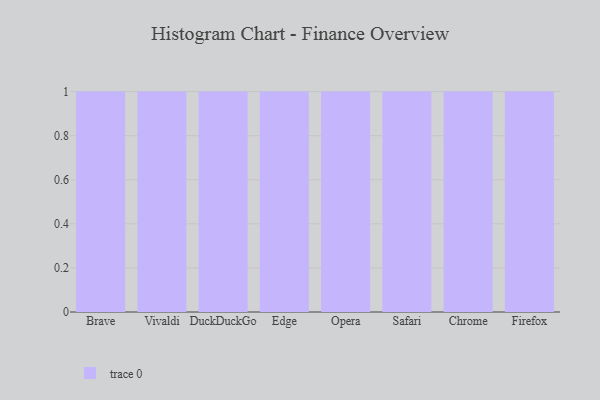
{"axis": {"x": "Browser", "y": "Satisfaction Score"}, "legend": [""], "data": [{"x": "Brave", "y": 24, "type": ""}, {"x": "Vivaldi", "y": 11, "type": ""}, {"x": "DuckDuckGo", "y": 17, "type": ""}, {"x": "Edge", "y": 58, "type": ""}, {"x": "Opera", "y": 35, "type": ""}, {"x": "Safari", "y": 26, "type": ""}, {"x": "Chrome", "y": 94, "type": ""}, {"x": "Firefox", "y": 45, "type": ""}]}